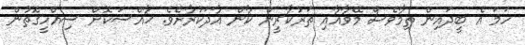
ހަމަ އެ ބީދައިން ތިމާވެސް މޭވާއާއި ތަރުކާރީން ކާން އާދަކުރާށެވެ. ޚާއްސަކޮށް ސިއްހީގޮތުން